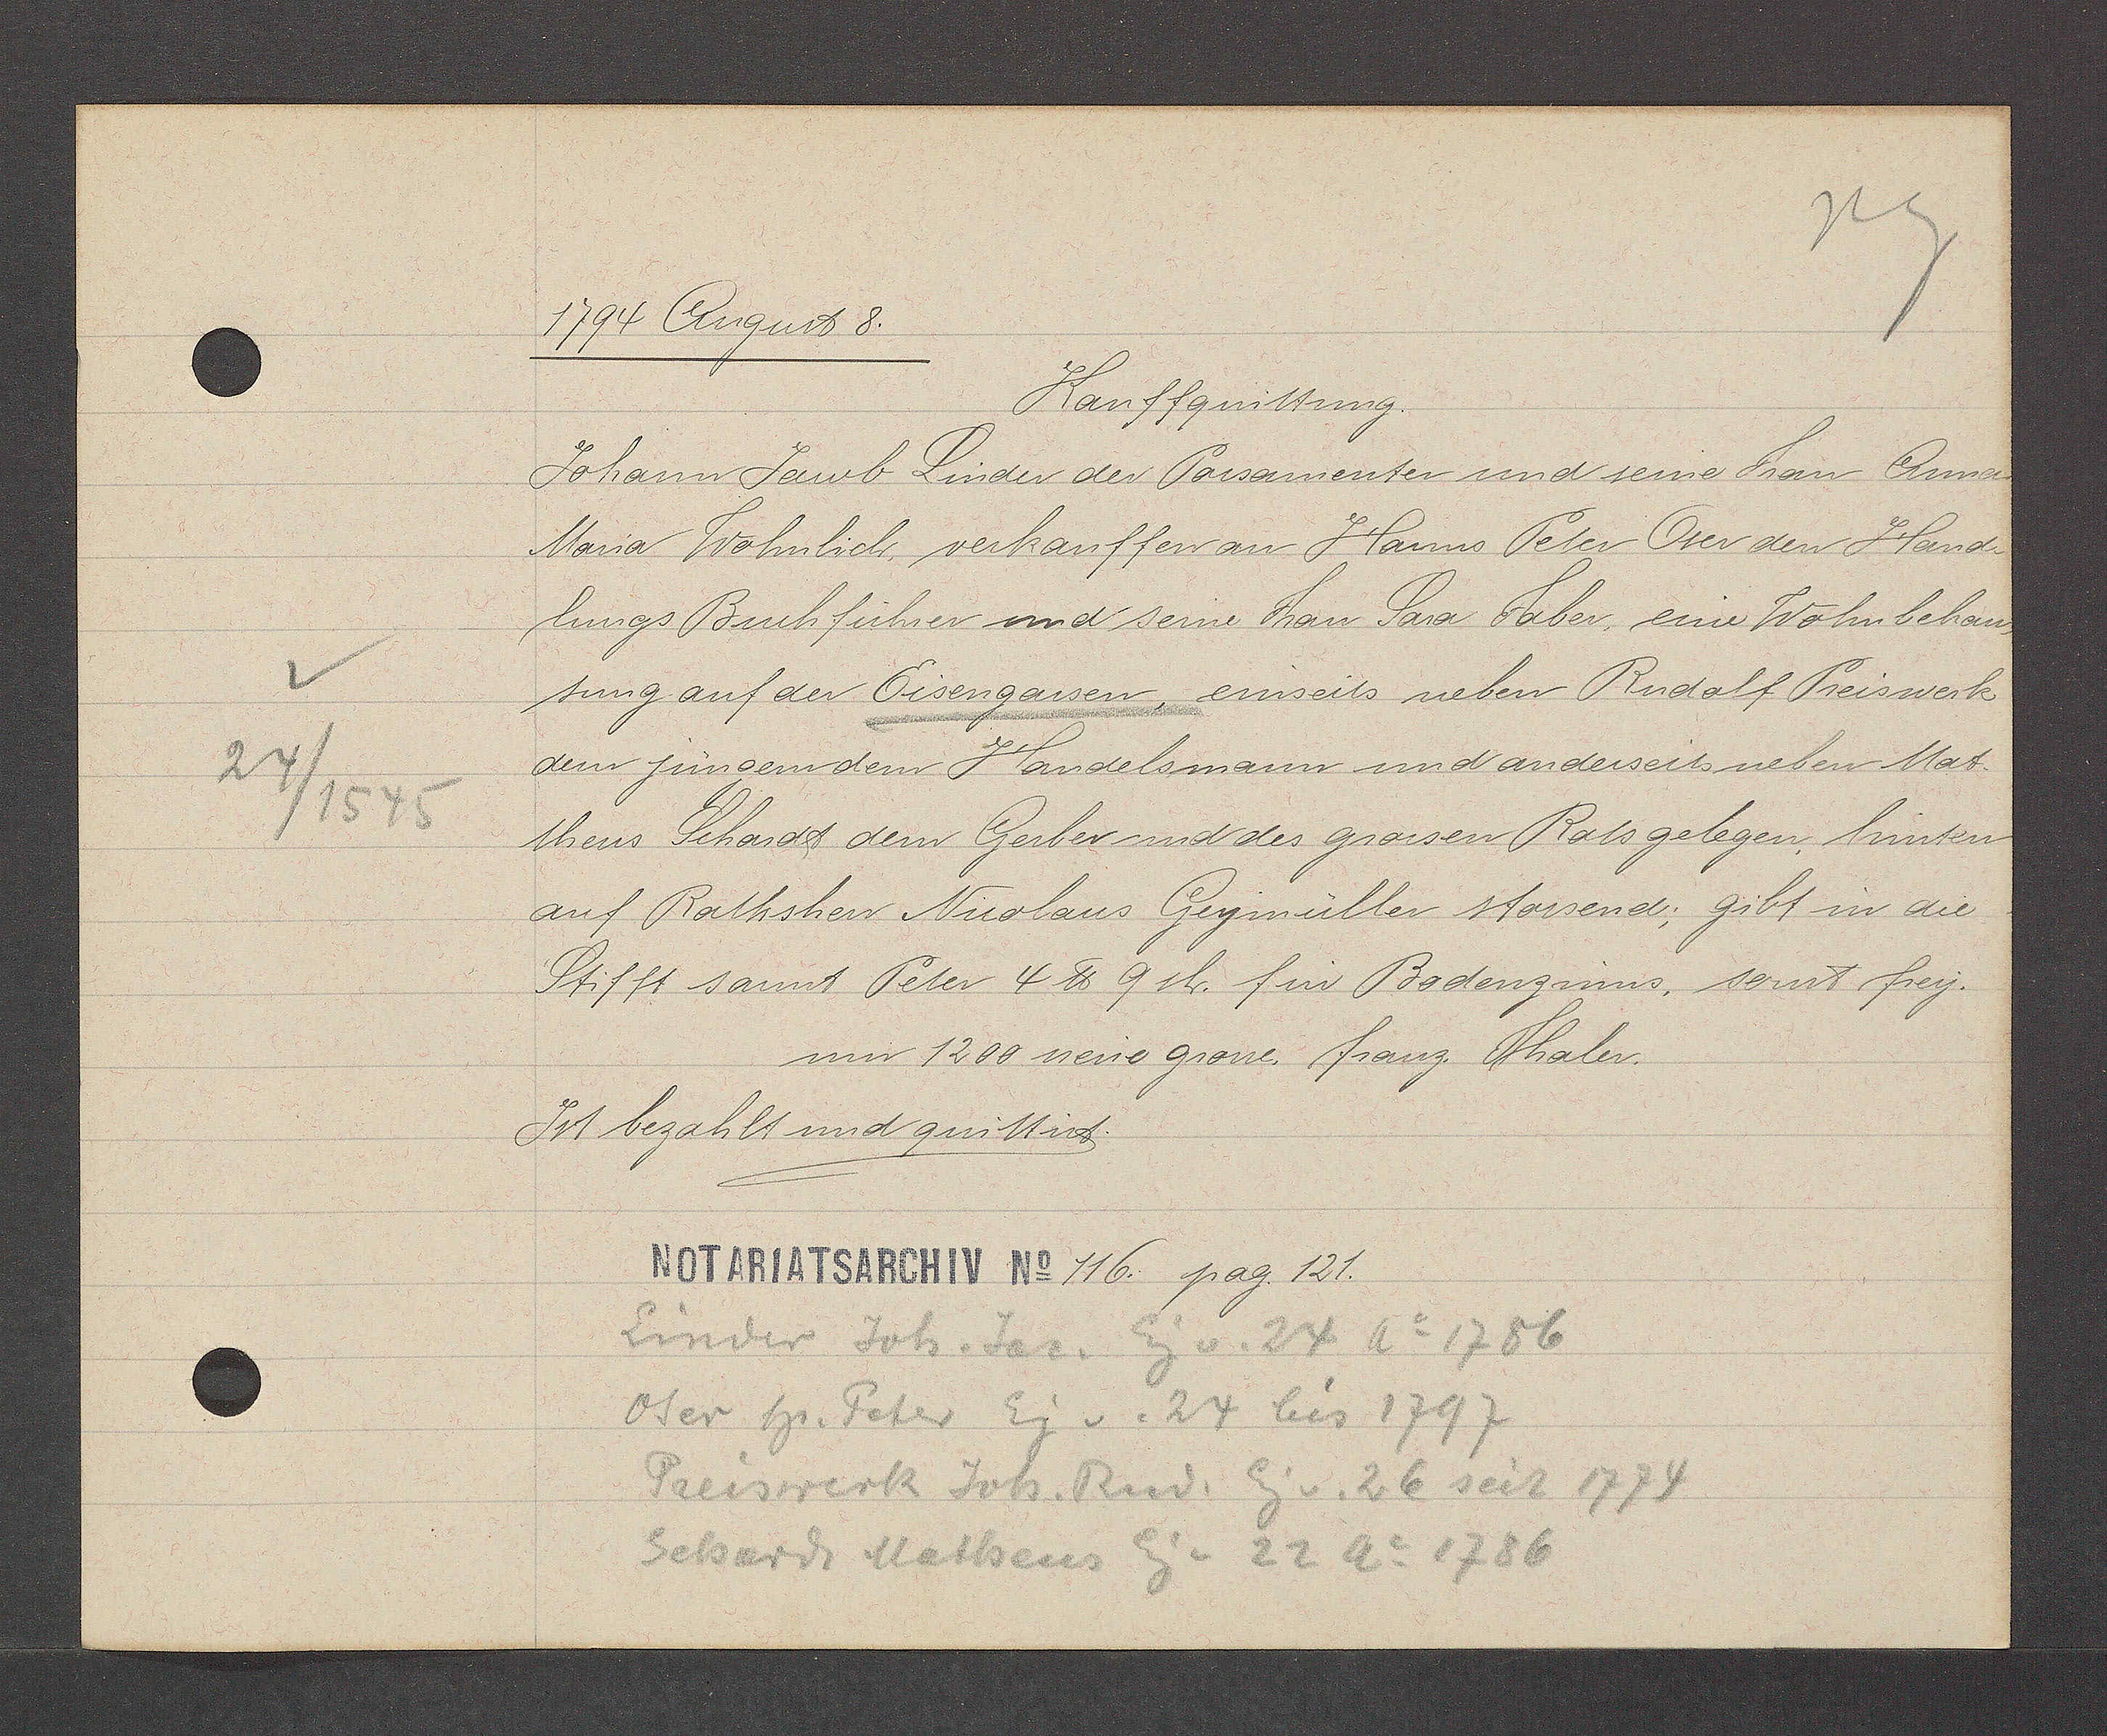
Transcript:
24 /1545

1794 August 8.
Kauffquittung.
Johann Jacob Linder der Parsamenter und seine Fau Anna
Maria Wohnlich, verkauffen an Hanns Peter Oser den Hand-
dungs Buchführer und seine Fau Sara Faber, eine Wohnbehau-
sung auf der Eisengassen, einseits neben Rudolf Peiswerk
dem jungem dem Handelsmann und anderseits neben Mat-
theus Schardt dem Gerber und des grossen Rats gelegen. hinten
auf Rathsherr Nicolaus Geymüller stossend: gibt in die
Stifft sannt Peter 4 ℔ 9 sh. sin Bodenzinns, sonst frey.
um 1200 neue grosse. Franz. Thaler.
Ist bezahlt und quittirt.
116. pag. 121.
Linder Joh. Jac. Eg v. 24 Ao 1756
Oser Hs. Peter Eig v. 24 bis 1797
Preiswerk Joh. Rud. Eg. v. 26 seit 1774
Schardt Matheus Eg v. 22 A o 1786